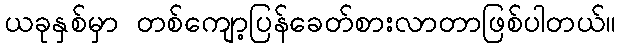
ယခုနှစ်မှာ တစ်ကျော့ပြန်ခေတ်စားလာတာဖြစ်ပါတယ်။